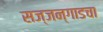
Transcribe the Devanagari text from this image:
सज्जन्गाडचा